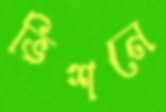
ভিশনে